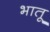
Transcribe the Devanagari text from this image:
भातू